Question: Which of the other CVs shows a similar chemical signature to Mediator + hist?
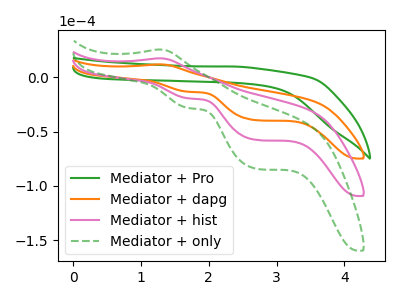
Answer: <think>The green curve "Mediator + Pro" has no peaks. The orange curve "Mediator + dapg" has an anodic peak at (1.30V, 12.05uA) and cathodic peaks at (1.70V, -13.20uA) (2.70V, -39.40uA). The pink curve "Mediator + hist" has an anodic peak at (1.30V, 17.65uA) and cathodic peaks at (1.70V, -19.30uA) (2.70V, -57.60uA). The green dashed curve "Mediator + only" has an anodic peak at (1.30V, 35.25uA) and cathodic peaks at (1.70V, -38.60uA) (2.70V, -115.15uA).
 "Mediator + Pro" and "Mediator + dapg" have a different number of peaks. "Mediator + Pro" and "Mediator + hist" have a different number of peaks. "Mediator + Pro" and "Mediator + only" have a different number of peaks. All the peaks in "Mediator + dapg" have a peak in "Mediator + hist" at the same potential. Every peak in "Mediator + dapg" is lower than every peak in "Mediator + hist". All the peaks in "Mediator + dapg" have a peak in "Mediator + only" at the same potential. Every peak in "Mediator + dapg" is lower than every peak in "Mediator + only". All the peaks in "Mediator + hist" have a peak in "Mediator + only" at the same potential. Every peak in "Mediator + hist" is lower than every peak in "Mediator + only".</think>
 <answer>"Mediator + hist" and "Mediator + only" have a similar shape to "Mediator + dapg".</answer>
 <eval>"Mediator + hist" "Mediator + only"</eval>